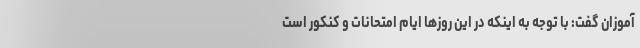
آموزان گفت: با توجه به اینکه در این روزها ایام امتحانات و کنکور است